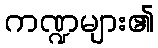
ကဏ္ဍများ၏